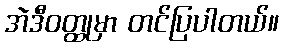
အဲဒီဝတ္ထုမှာ တင်ပြပါတယ်။